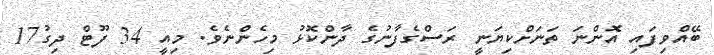
ބޭއްވިފައި އޮންނަ ތަނަށްކިޔަނީ ރަސްގެފާނުގެ ދާންކޮޅު މިހެންނެވެ. މިއީ 34 ފޫޓް ދިގު17